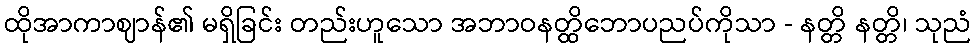
ထိုအာကာဈာန်၏ မရှိခြင်း တည်းဟူသော အဘာဝနတ္ထိဘောပညပ်ကိုသာ - နတ္တိ နတ္တိ၊ သုညံ